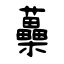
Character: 蘽